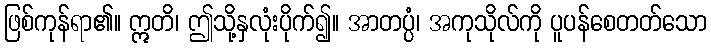
ဖြစ်ကုန်ရာ၏။ ဣတိ၊ ဤသို့နှလုံးပိုက်၍။ အာတပ္ပံ၊ အကုသိုလ်ကို ပူပန်စေတတ်သော